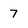
Character: 7